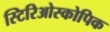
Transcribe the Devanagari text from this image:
स्टिरिओस्कोपिक